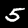
Digit: 5